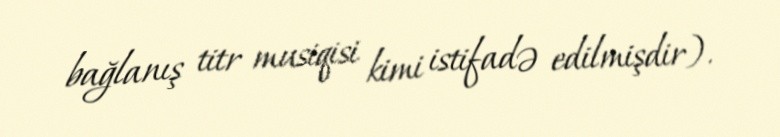
bağlanış titr musiqisi kimi istifadə edilmişdir).